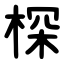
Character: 棎